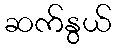
ဆက်နွယ်